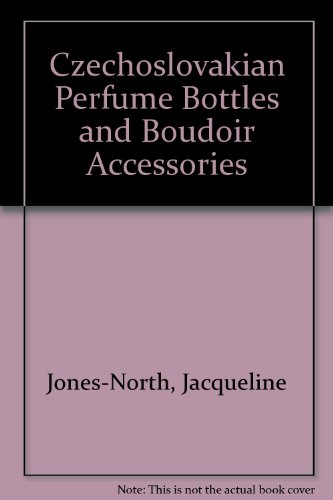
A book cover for Czechoslovakian Perfume Bottles and Boudoir Accessories; Jacquelyne Y. Jones North; Crafts, Hobbies & Home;